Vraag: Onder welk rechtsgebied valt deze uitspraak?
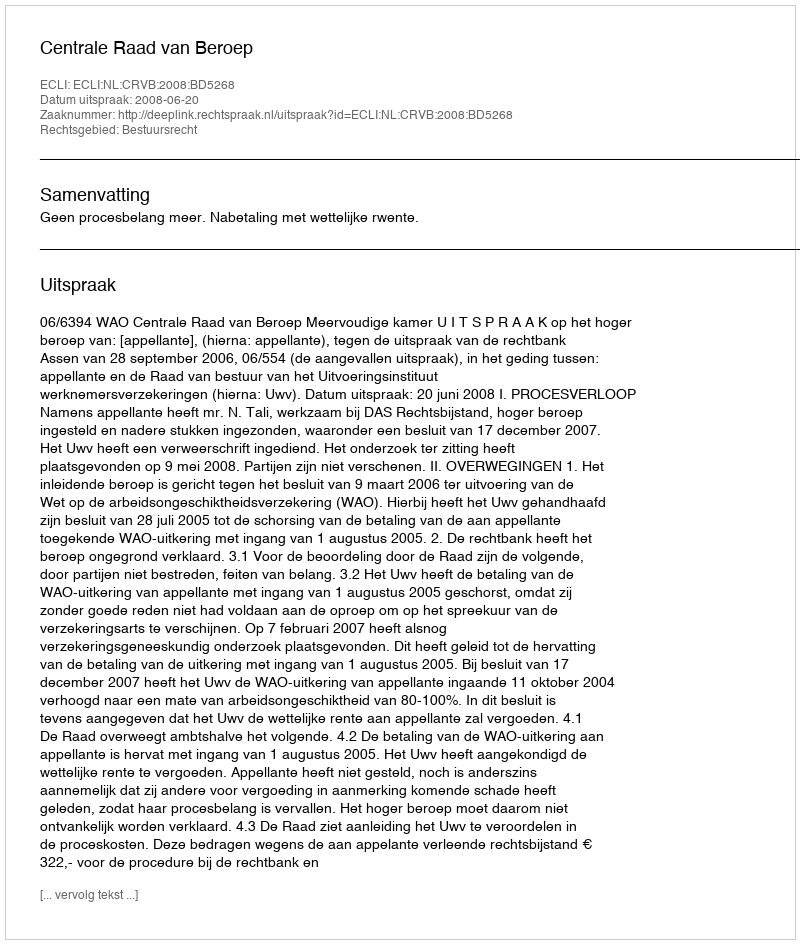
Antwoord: Bestuursrecht